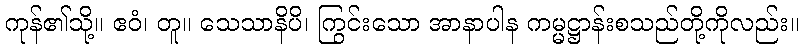
ကုန်၏သို့။ ဧဝံ၊ တူ။ သေသာနိပိ၊ ကြွင်းသော အာနာပါန ကမ္မဋ္ဌာန်းစသည်တို့ကိုလည်း။